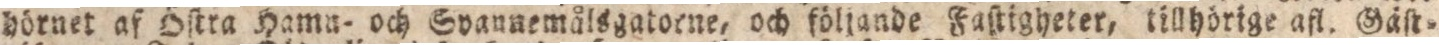
hörnet af Öſtra Hamu- och svaunemålsgatoene, och föllande Faſtigheter, tillhörige afl. Gäſt=